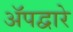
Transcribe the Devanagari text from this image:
ॲपद्वारे